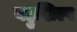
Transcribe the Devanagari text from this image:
बहुशिल्प